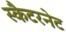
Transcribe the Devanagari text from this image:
स्कैटरनेट